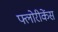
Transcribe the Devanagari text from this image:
फ्लोरीकेंस